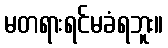
မတရားရင်မခံရဘူး။